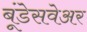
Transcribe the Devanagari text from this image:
बूंडेसवेअर